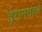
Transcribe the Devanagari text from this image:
ईरानवाले